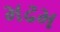
મઢમ